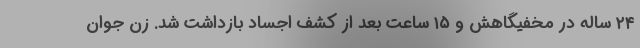
۲۴ ساله در مخفیگاهش و ۱۵ ساعت بعد از کشف اجساد بازداشت شد. زن جوان